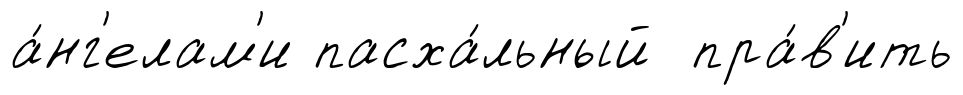
а́нг'елам'и пасха́льный пра́в'ить